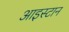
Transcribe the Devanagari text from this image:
आइस्टान